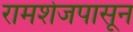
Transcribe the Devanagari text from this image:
रामशेजपासून